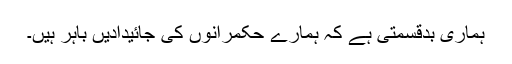
ہماری بدقسمتی ہے کہ ہمارے حکمرانوں کی جائیدادیں باہر ہیں۔